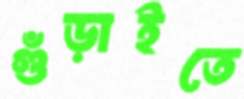
গুঁড়াইতে